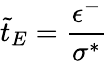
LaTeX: \tilde{t}_{E}=\frac{\epsilon^{-}}{\sigma^{*}}